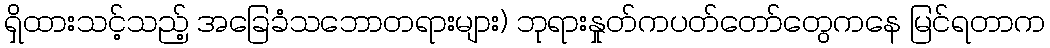
ရှိထားသင့်သည့် အခြေခံသဘောတရားများ) ဘုရားနှုတ်ကပတ်တော်တွေကနေ မြင်ရတာက